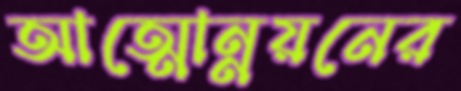
আত্মোন্নয়নের